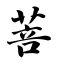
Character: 菩